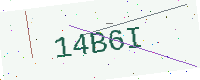
Text: 14B6I